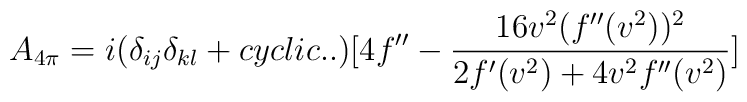
A_{4\pi}=i(\delta_{ij}\delta_{kl}+cyclic..)[4 f^{\prime\prime}-{16 v^2 (f^{\prime\prime}(v^2))^2\over {2 f^{\prime}(v^2) + 4v^2 f^{\prime\prime}(v^2)}}]